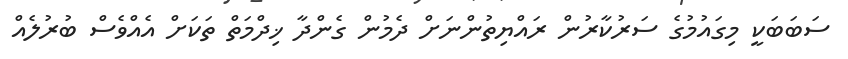
ސަބަބަކީ މިގައުމުގެ ސަރުކާރުން ރައްޔިތުންނަށް ދެމުން ގެންދާ ޚިދްމަތް ތަކަށް އެއްވެސް ބުރުލެއް